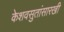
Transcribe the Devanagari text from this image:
केशवसुतांसारखी